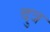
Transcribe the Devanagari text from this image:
दुत्र